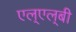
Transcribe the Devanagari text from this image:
एल्‌एल्‌बी